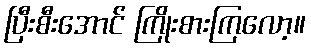
ပြီးစီးအောင် ကြိုးစားကြလော့။